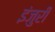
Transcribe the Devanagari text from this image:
इंजुरी